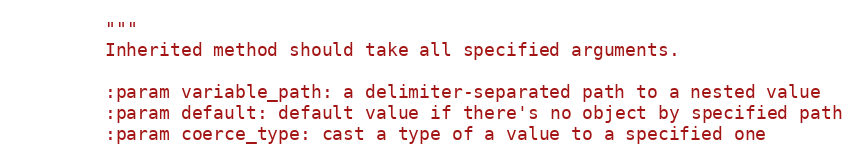
Language: Python
        """
        Inherited method should take all specified arguments.

        :param variable_path: a delimiter-separated path to a nested value
        :param default: default value if there's no object by specified path
        :param coerce_type: cast a type of a value to a specified one